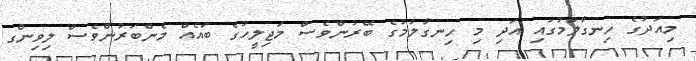
މިއަދުގެ ހިނގާލުމުގައި އަދި މި ހިނގާލުމުގެ ބޭރުންވެސް މަޖިލީހުގެ ބައެއް މެންބަރުންވެސް ލިވިންގ